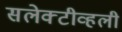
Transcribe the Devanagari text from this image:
सलेक्टीव्हली